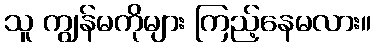
သူ ကျွန်မကိုများ ကြည့်နေမလား။